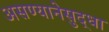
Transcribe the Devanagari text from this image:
असण्यानेसुद्धा